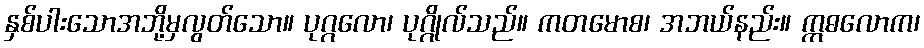
နှစ်ပါးသောအဘို့မှလွတ်သော။ ပုဂ္ဂလော၊ ပုဂ္ဂိုလ်သည်။ ကတမောစ၊ အဘယ်နည်း။ ဣဓလောက၊